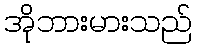
အိုဘားမားသည်